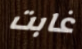
غابت